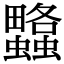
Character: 𧕌